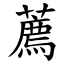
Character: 薦